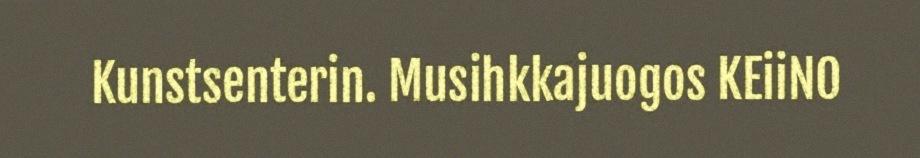
Kunstsenterin. Musihkkajuogos KEiiNO